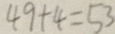
4 9 + 4 = 5 3